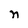
Character: n